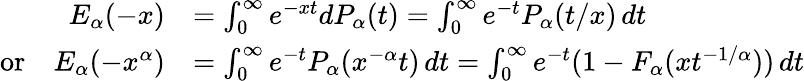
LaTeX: \begin{array}{rl}{E_{\alpha}(-x)}&{=\int_{0}^{\infty}e^{-xt}dP_{\alpha}(t)=\int_{0}^{\infty}e^{-t}P_{\alpha}(t/x)\, dt}\\ {\mathrm{or}\quad E_{\alpha}(-x^{\alpha})}&{=\int_{0}^{\infty}e^{-t}P_{\alpha}(x^{-\alpha}t)\, dt=\int_{0}^{\infty}e^{-t}(1-F_{\alpha}(xt^{-1/\alpha}))\, dt}\end{array}